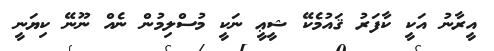
އީރާނު އަކީ ކާފަރު ޤައުމެކޭ ޝީޢީ ނަކީ މުސްލިމުން ނެއް ނޫނޭ ކިޔަނީ